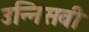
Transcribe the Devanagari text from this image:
उन्निसवी